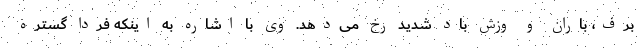
برف، باران و وزش باد شدید رخ می‌دهد. وی با اشاره به اینکه فردا گستره